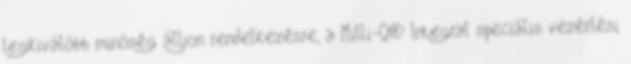
legkiválóbb minőség álljon rendelkezésre, a Milli-Q® Integral speciális vezérlési